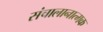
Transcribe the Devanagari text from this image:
संचालानात्मक